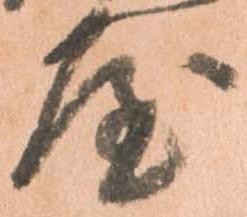
屋